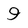
Character: 9